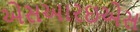
એસઆરઇએસ